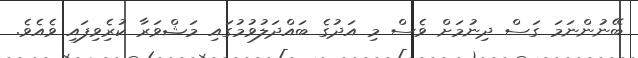
ބޭނުންނަމަ ގަސް ދިނުމަށް ވެސް މި އަދުގެ ބައްދަލުވުމުގައި މަޝްވަރާ ކުރެިވިފައި ވެއެވެ.